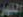
المهر